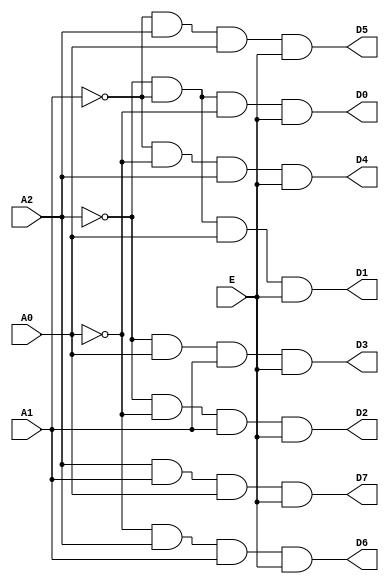
`timescale 1ns / 1ps

module ADDRESS_DECODER (
    A0,
    A1,
    A2,
    E,
    D0,
    D1,
    D2,
    D3,
    D4,
    D5,
    D6,
    D7
);

  input A0;
  input A1;
  input A2;
  input E;
  output D0;
  output D1;
  output D2;
  output D3;
  output D4;
  output D5;
  output D6;
  output D7;


  and I_36_30 (D7, A2, A1, A0, E);
  and I_36_31 (D6, ~A0, A2, A1, E);
  and I_36_32 (D5, ~A1, A2, A0, E);
  and I_36_33 (D4, ~A1, ~A0, A2, E);
  and I_36_34 (D3, ~A2, A0, A1, E);
  and I_36_35 (D2, ~A2, ~A0, A1, E);
  and I_36_36 (D1, ~A2, ~A1, A0, E);
  and I_36_37 (D0, ~A2, ~A1, ~A0, E);
endmodule